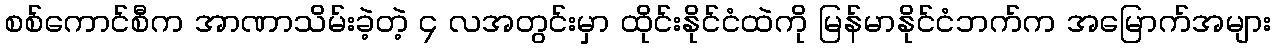
စစ်ကောင်စီက အာဏာသိမ်းခဲ့တဲ့ ၄ လအတွင်းမှာ ထိုင်းနိုင်ငံထဲကို မြန်မာနိုင်ငံဘက်က အမြောက်အများ